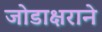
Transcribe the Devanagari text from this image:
जोडाक्षराने